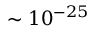
\sim 1 0 ^ { - 2 5 }